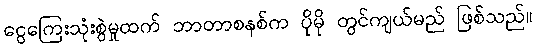
ငွေကြေးသုံးစွဲမှုထက် ဘာတာစနစ်က ပိုမို တွင်ကျယ်မည် ဖြစ်သည်။